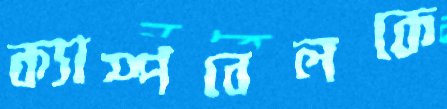
ক্যাম্পবেলকে